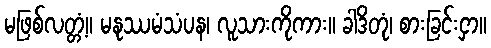
မဖြစ်လတ္တံ့။ မနုဿမံသံပန၊ လူသားကိုကား။ ခါဒိတုံ၊ စားခြင်းငှာ။